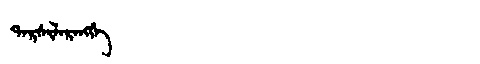
Manchu: ᡨᠠᡵᠰᡳᠯᠠᡵᠠᠩᡤᡝ
Romanization: TARSILARANGGE